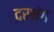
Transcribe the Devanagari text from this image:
दरभंग